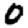
Digit: 0